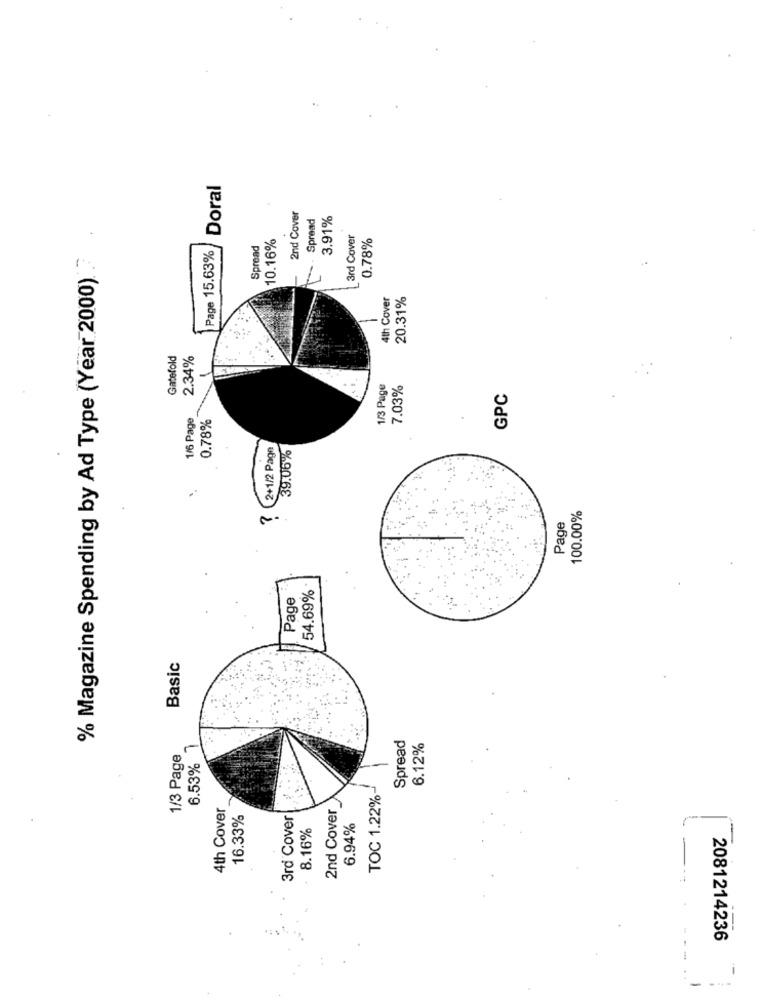
Doral
2nd Cover
Spread
3.91%
10.16%
3rd Cover
0.78%
Page 15.63%
Spread
% Magazine Spending by Ad Type (Year 2000).
4th Cover
20.31%
Gatefold
2.34%
1/3 Page
7.03%
GPC
1/6 Page
0.78%
2+1/2 Page
39.06%
100.00%
Page
Page
54.69%
Basic
Spread
1/3 Page
6.53% 7
6.12%
TOC 1.22%
4th Cover
2nd Cover
16.33%
3rd Cover
8.16%
6.94%
2081214236
- ---